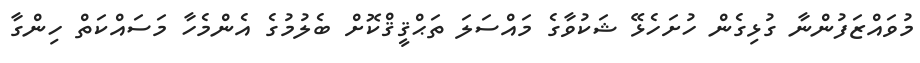
މުވައްޒަފުންނާ ގުޅިގެން ހުށަހެޅޭ ޝަކުވާގެ މައްސަލަ ތަޙްޤީޤްކޮށް ބެލުމުގެ އެންމެހާ މަސައްކަތް ހިންގާ